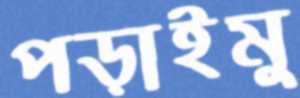
পড়াইমু